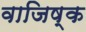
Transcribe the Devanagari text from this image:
वाजिष्क